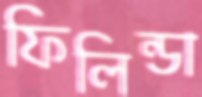
ফিলিন্ডা